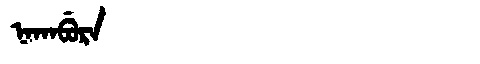
Manchu: ᠨᠠᡴᠠᠪᡠᡵᠠ
Romanization: NAKABURA